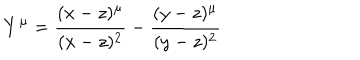
Y ^ { \mu } = \frac { ( x - z ) ^ { \mu } } { ( x - z ) ^ { 2 } } - \frac { ( y - z ) ^ { \mu } } { ( y - z ) ^ { 2 } }